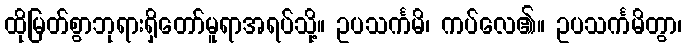
ထိုမြတ်စွာဘုရားရှိတော်မူရာအရပ်သို့။ ဥပသင်္ကမိ၊ ကပ်လေ၏။ ဥပသင်္ကမိတွာ၊